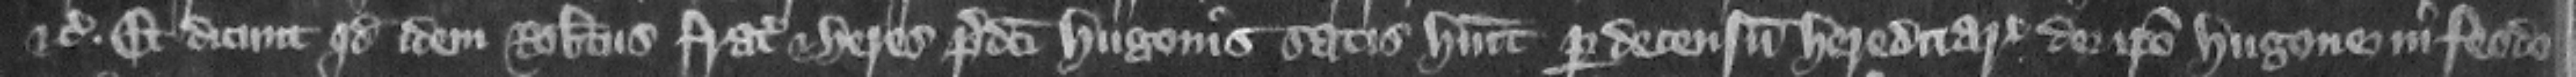
etc. Et dicunt quod idem Robertus frater et heres predicti Hugonis satis habuit per decensum hereditarium de ipso Hugone in feodo